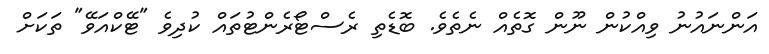
އަންނައުނު ވިއްކުން ނޫން ގޮތެއް ނެތެވެ. ބޮޑެތި ރެސްޓޯރެންޓުތައް ކުދިވެ "ޓޭކްއަވޭ" ތަކަށް